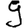
Digit: 9